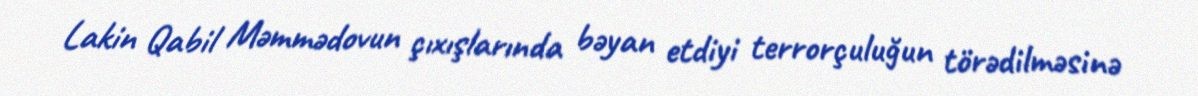
Lakin Qabil Məmmədovun çıxışlarında bəyan etdiyi terrorçuluğun törədilməsinə